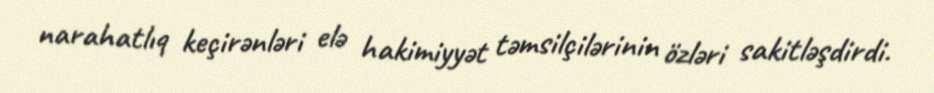
narahatlıq keçirənləri elə hakimiyyət təmsilçilərinin özləri sakitləşdirdi.